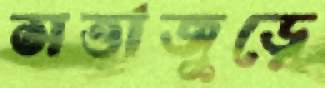
সত্তাজুড়ে